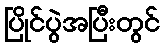
ပြိုင်ပွဲအပြီးတွင်